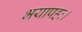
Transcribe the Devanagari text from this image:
भयापहः।